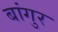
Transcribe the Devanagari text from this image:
बांगुर